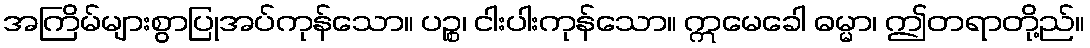
အကြိမ်များစွာပြုအပ်ကုန်သော။ ပဉ္စ၊ ငါးပါးကုန်သော။ ဣမေခေါ ဓမ္မာ၊ ဤတရာတို့ည်။